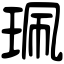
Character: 珮